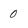
Character: 0